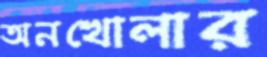
অনখোলার